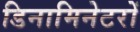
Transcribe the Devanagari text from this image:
डिनामिनेटरों